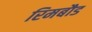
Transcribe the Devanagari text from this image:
रिमबौड